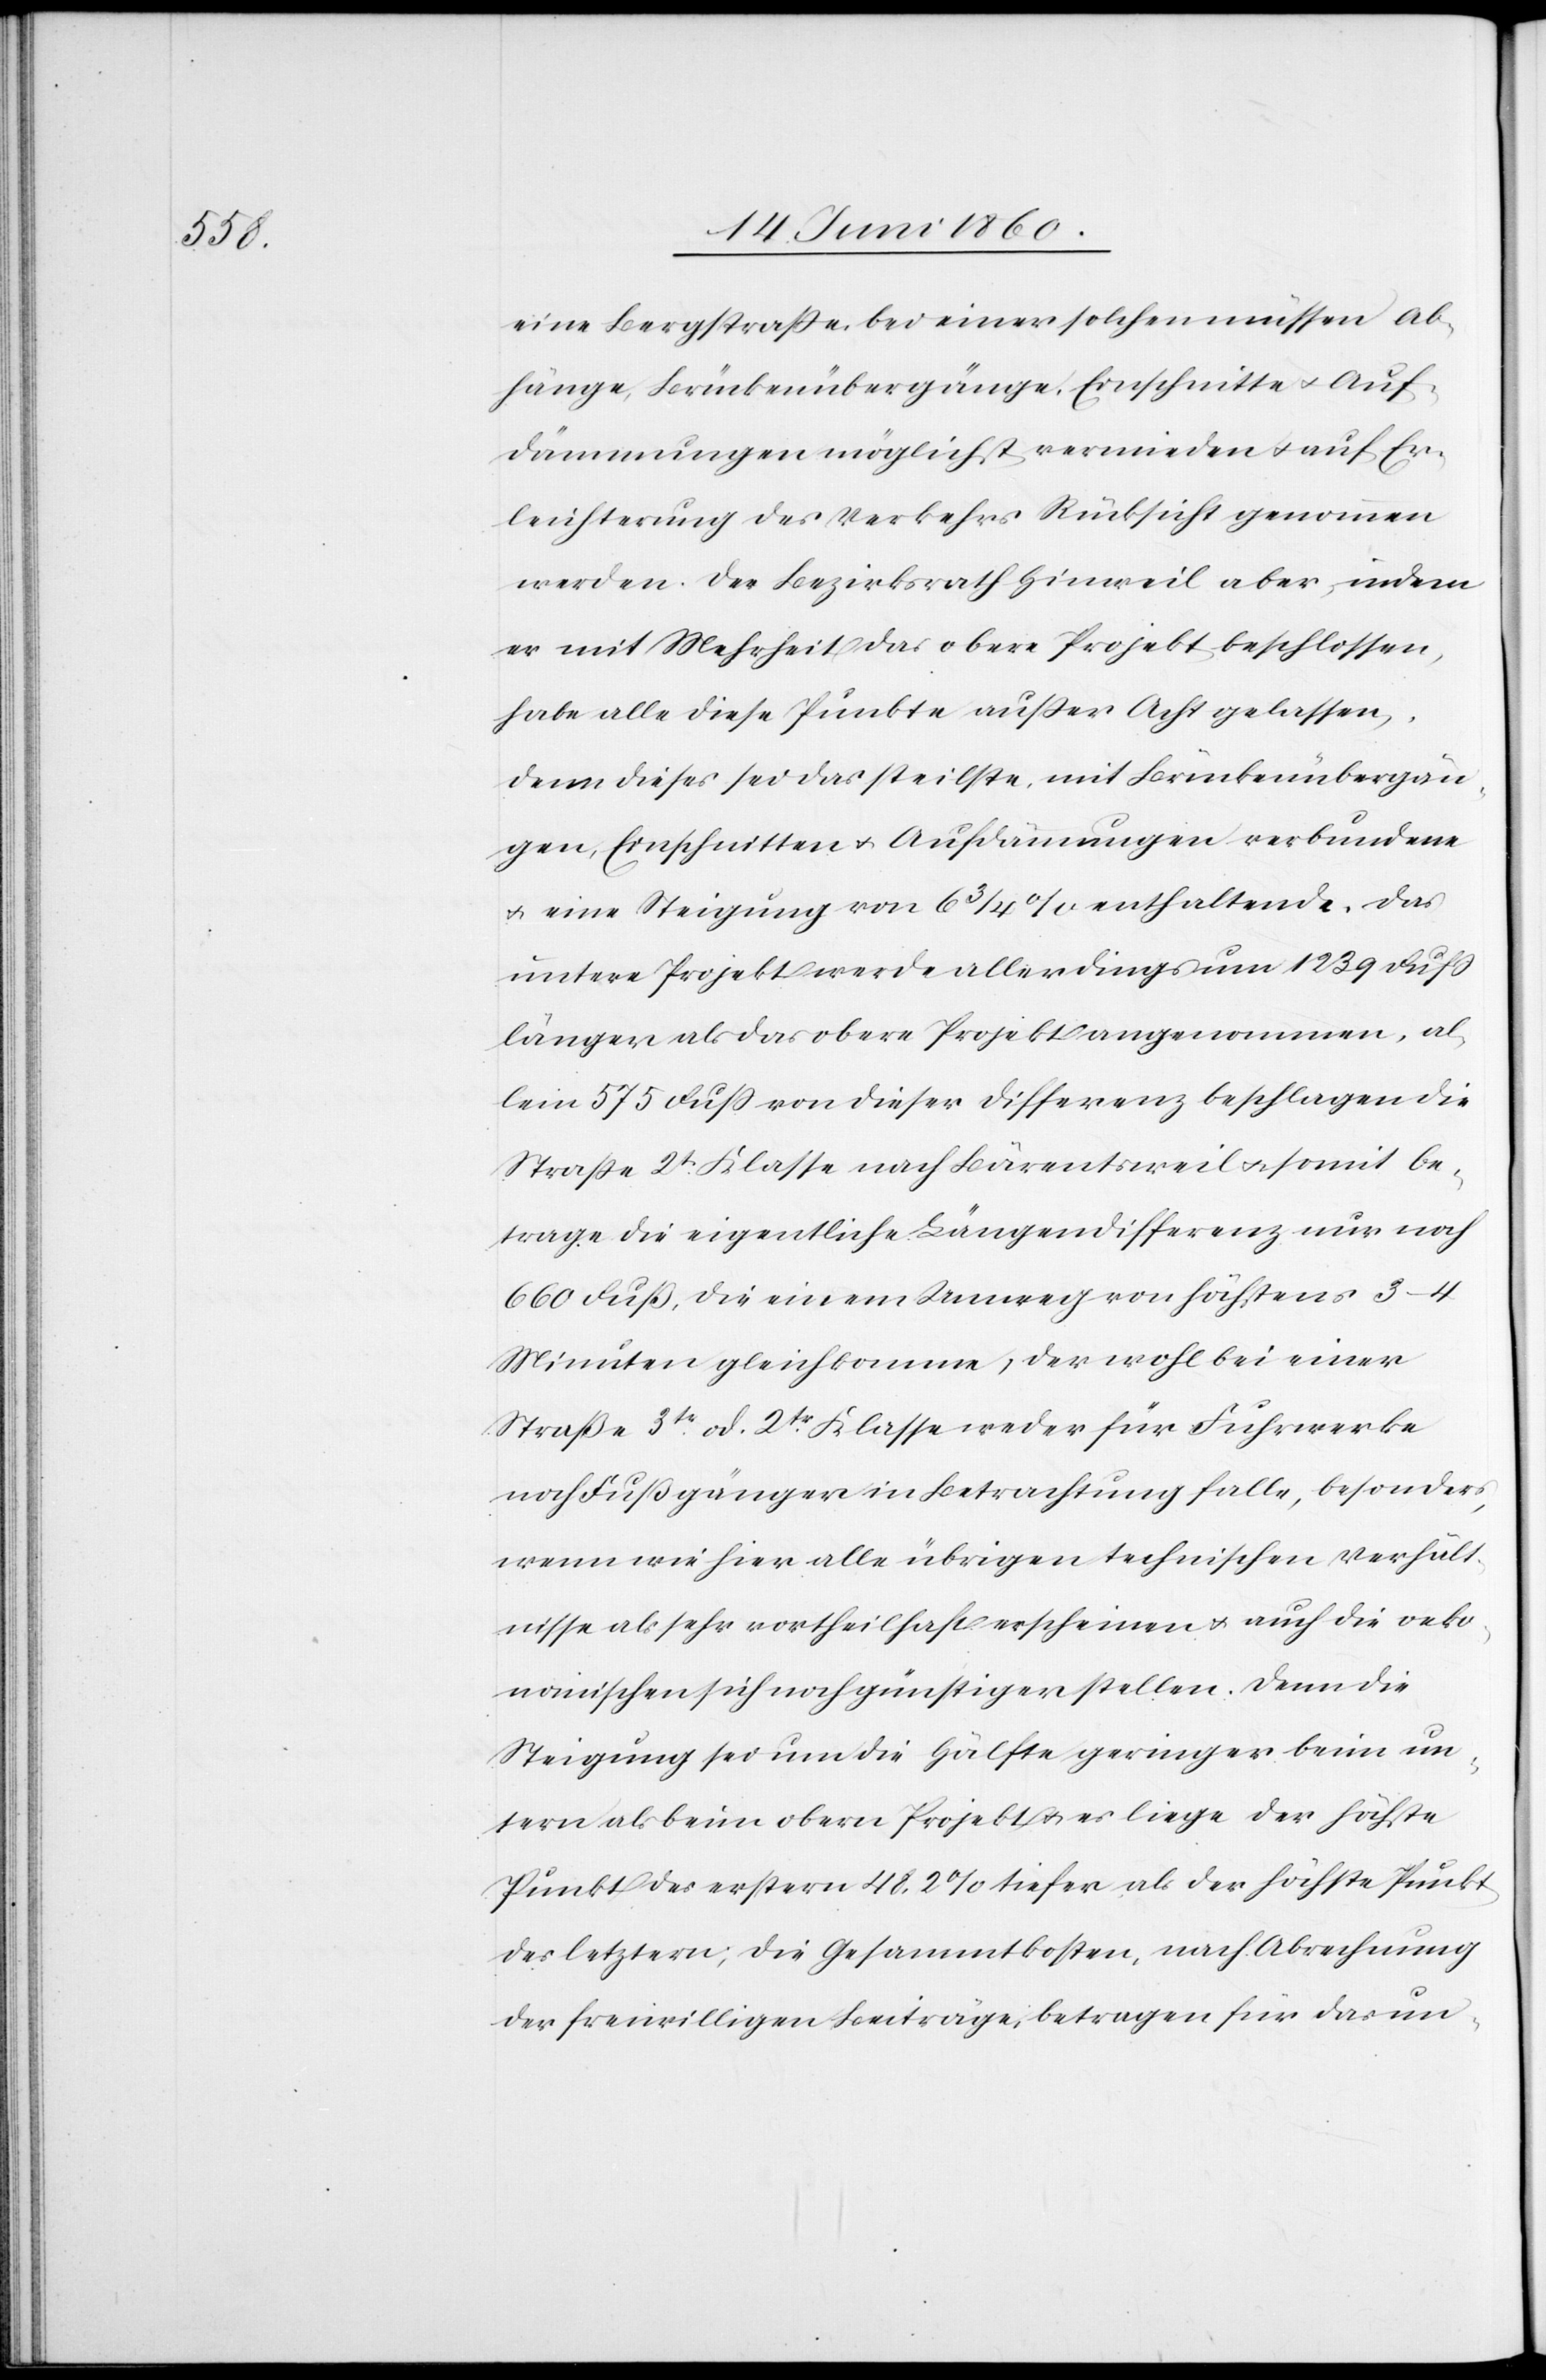
eine Bergstrasse, bei einer solchen müssen Ab¬
hänge, Brückenübergänge, Einschnitte u. Auf¬
dämmungen möglichst vermieden u. auf Er¬
leichterung des Verkehrs Rücksicht genommen
werden. Der Bezirksrath Hinweil aber, indem
er mit Mehrheit das obere Projekt beschlossen,
habe alle diese Punkte ausser Acht gelassen,
denn dieses sei das steilste, mit Brückenübergän¬
gen, Einschnitten u. Aufdämmungen verbundene
u. eine Steigung von 6 3/4% enthaltende. Das
untere Projekt werde allerdings um 1239 Fuss
länger als das obere Projekt angenommen, al¬
lein 575 Fuss von dieser Differenz beschlagen die
Strasse 2t Klasse nach Bärentsweil u. somit be¬
trage die eigentliche Längendifferenz nur noch
660 Fuß, die einem Umweg von höchstens 3–4
Minuten gleichkomme, der wohl bei einer
Straße 3tr od. 2tr Klasse weder für Fuhrwerke
noch Fußgänger in Betrachtung falle, besonders,
wenn wie hier alle übrigen technischen Verhält¬
nisse als sehr vortheilhaft erscheinen u. auch die oeko¬
nomischen sich noch günstiger stellen. Denn die
Steigung sei um die Hälfte geringer beim un¬
tern als beim obern Projekt u. es liege der höchste
Punkt des erstern 48,2% tiefer als der höchste Punkt
des letztern; die Gesammtkosten, nach Abrechnung
der freiwilligen Beiträge, betragen für das un-